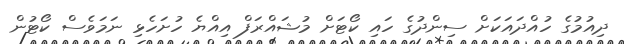
ދިއުމުގެ ހުއްދައަކަށް ސިންދުގެ ހައި ކޯޓަށް މުޝައްރަފް އިއްޔެ ހުށަހެޅި ނަމަވެސް ކޯޓުން